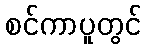
စင်ကာပူတွင်